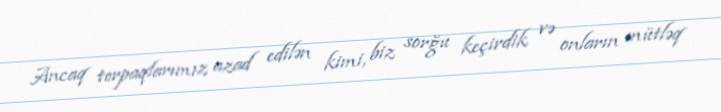
Ancaq torpaqlarımız azad edilən kimi, biz sorğu keçirdik və onların mütləq